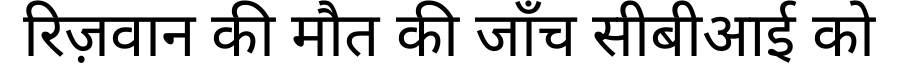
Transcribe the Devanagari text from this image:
रिज़वान की मौत की जाँच सीबीआई को